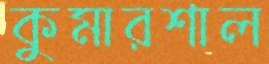
কুমারশাল